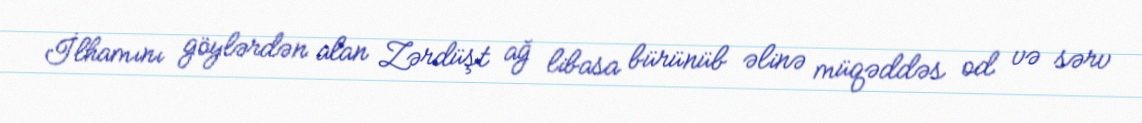
İlhamını göylərdən alan Zərdüşt ağ libasa bürünüb əlinə müqəddəs od və sərv